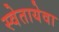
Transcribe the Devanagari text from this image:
स्वेतायेवा